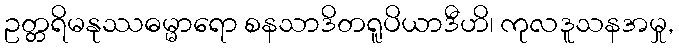
ဥတ္တရိမနုဿဓမ္မာရော စနသာဒိတရူပိယာဒီဟိ၊ ကုလဒူသနအမှု,